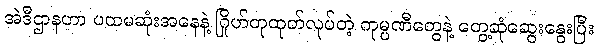
အဲဒီဌာနဟာ ပထမဆုံးအနေနဲ့ ဂြိုဟ်တုထုတ်လုပ်တဲ့ ကုမ္ပဏီတွေနဲ့ တွေ့ဆုံဆွေးနွေးပြီး